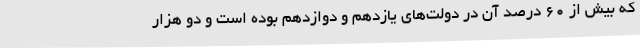
که بیش از 60 درصد آن در دولت‌های یازدهم و دوازدهم بوده است و دو هزار